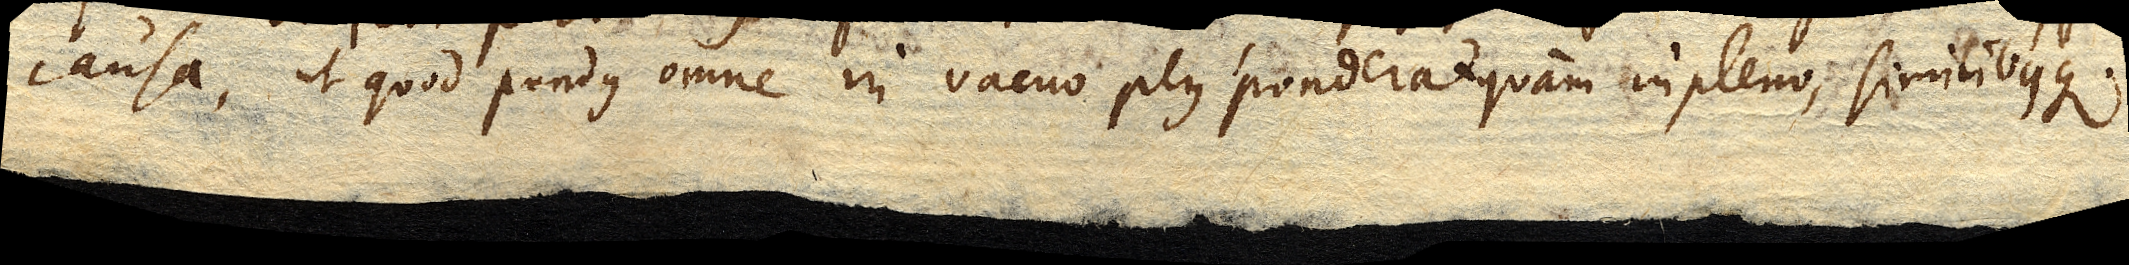
causa, ut quod pondus omne in vacuo plus ponderat quam in pleno, similibusque.